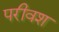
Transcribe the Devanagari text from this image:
परीवश